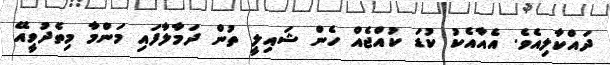
ދައްކާލިއެވެ. އެއާއެކު ކުޑަ ކުއްޖެއް ހެން ޝައިލީ ތުން ދަމާލާފައި މަންމާ މިތެދުވީއޭ